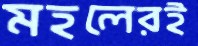
মহলেরই